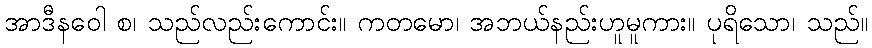
အာဒီနဝေါ စ၊ သည်လည်းကောင်း။ ကတမော၊ အဘယ်နည်းဟူမူကား။ ပုရိသော၊ သည်။